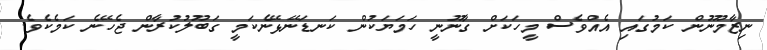
ނިޒާމުނޫން ކަމުގައި އެއްވެސް މީހަކަށް ގާނޫނީ ހަމަޔަކުން ކަނޑަނޭޅޭނެކަމީ ގަބޫލުކުރާން ޖެހޭނެ ކަމެކެވެ.